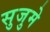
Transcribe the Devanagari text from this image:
सुजुमे